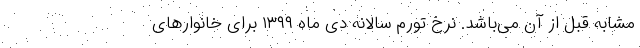
مشابه قبل از آن می‌باشد. نرخ تورم سالانه دی ماه ١٣٩٩ برای خانوارهای